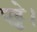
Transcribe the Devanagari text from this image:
पट्टे।